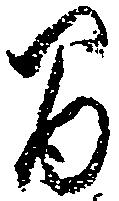
間